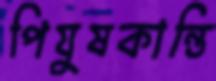
পিযুষকান্তি